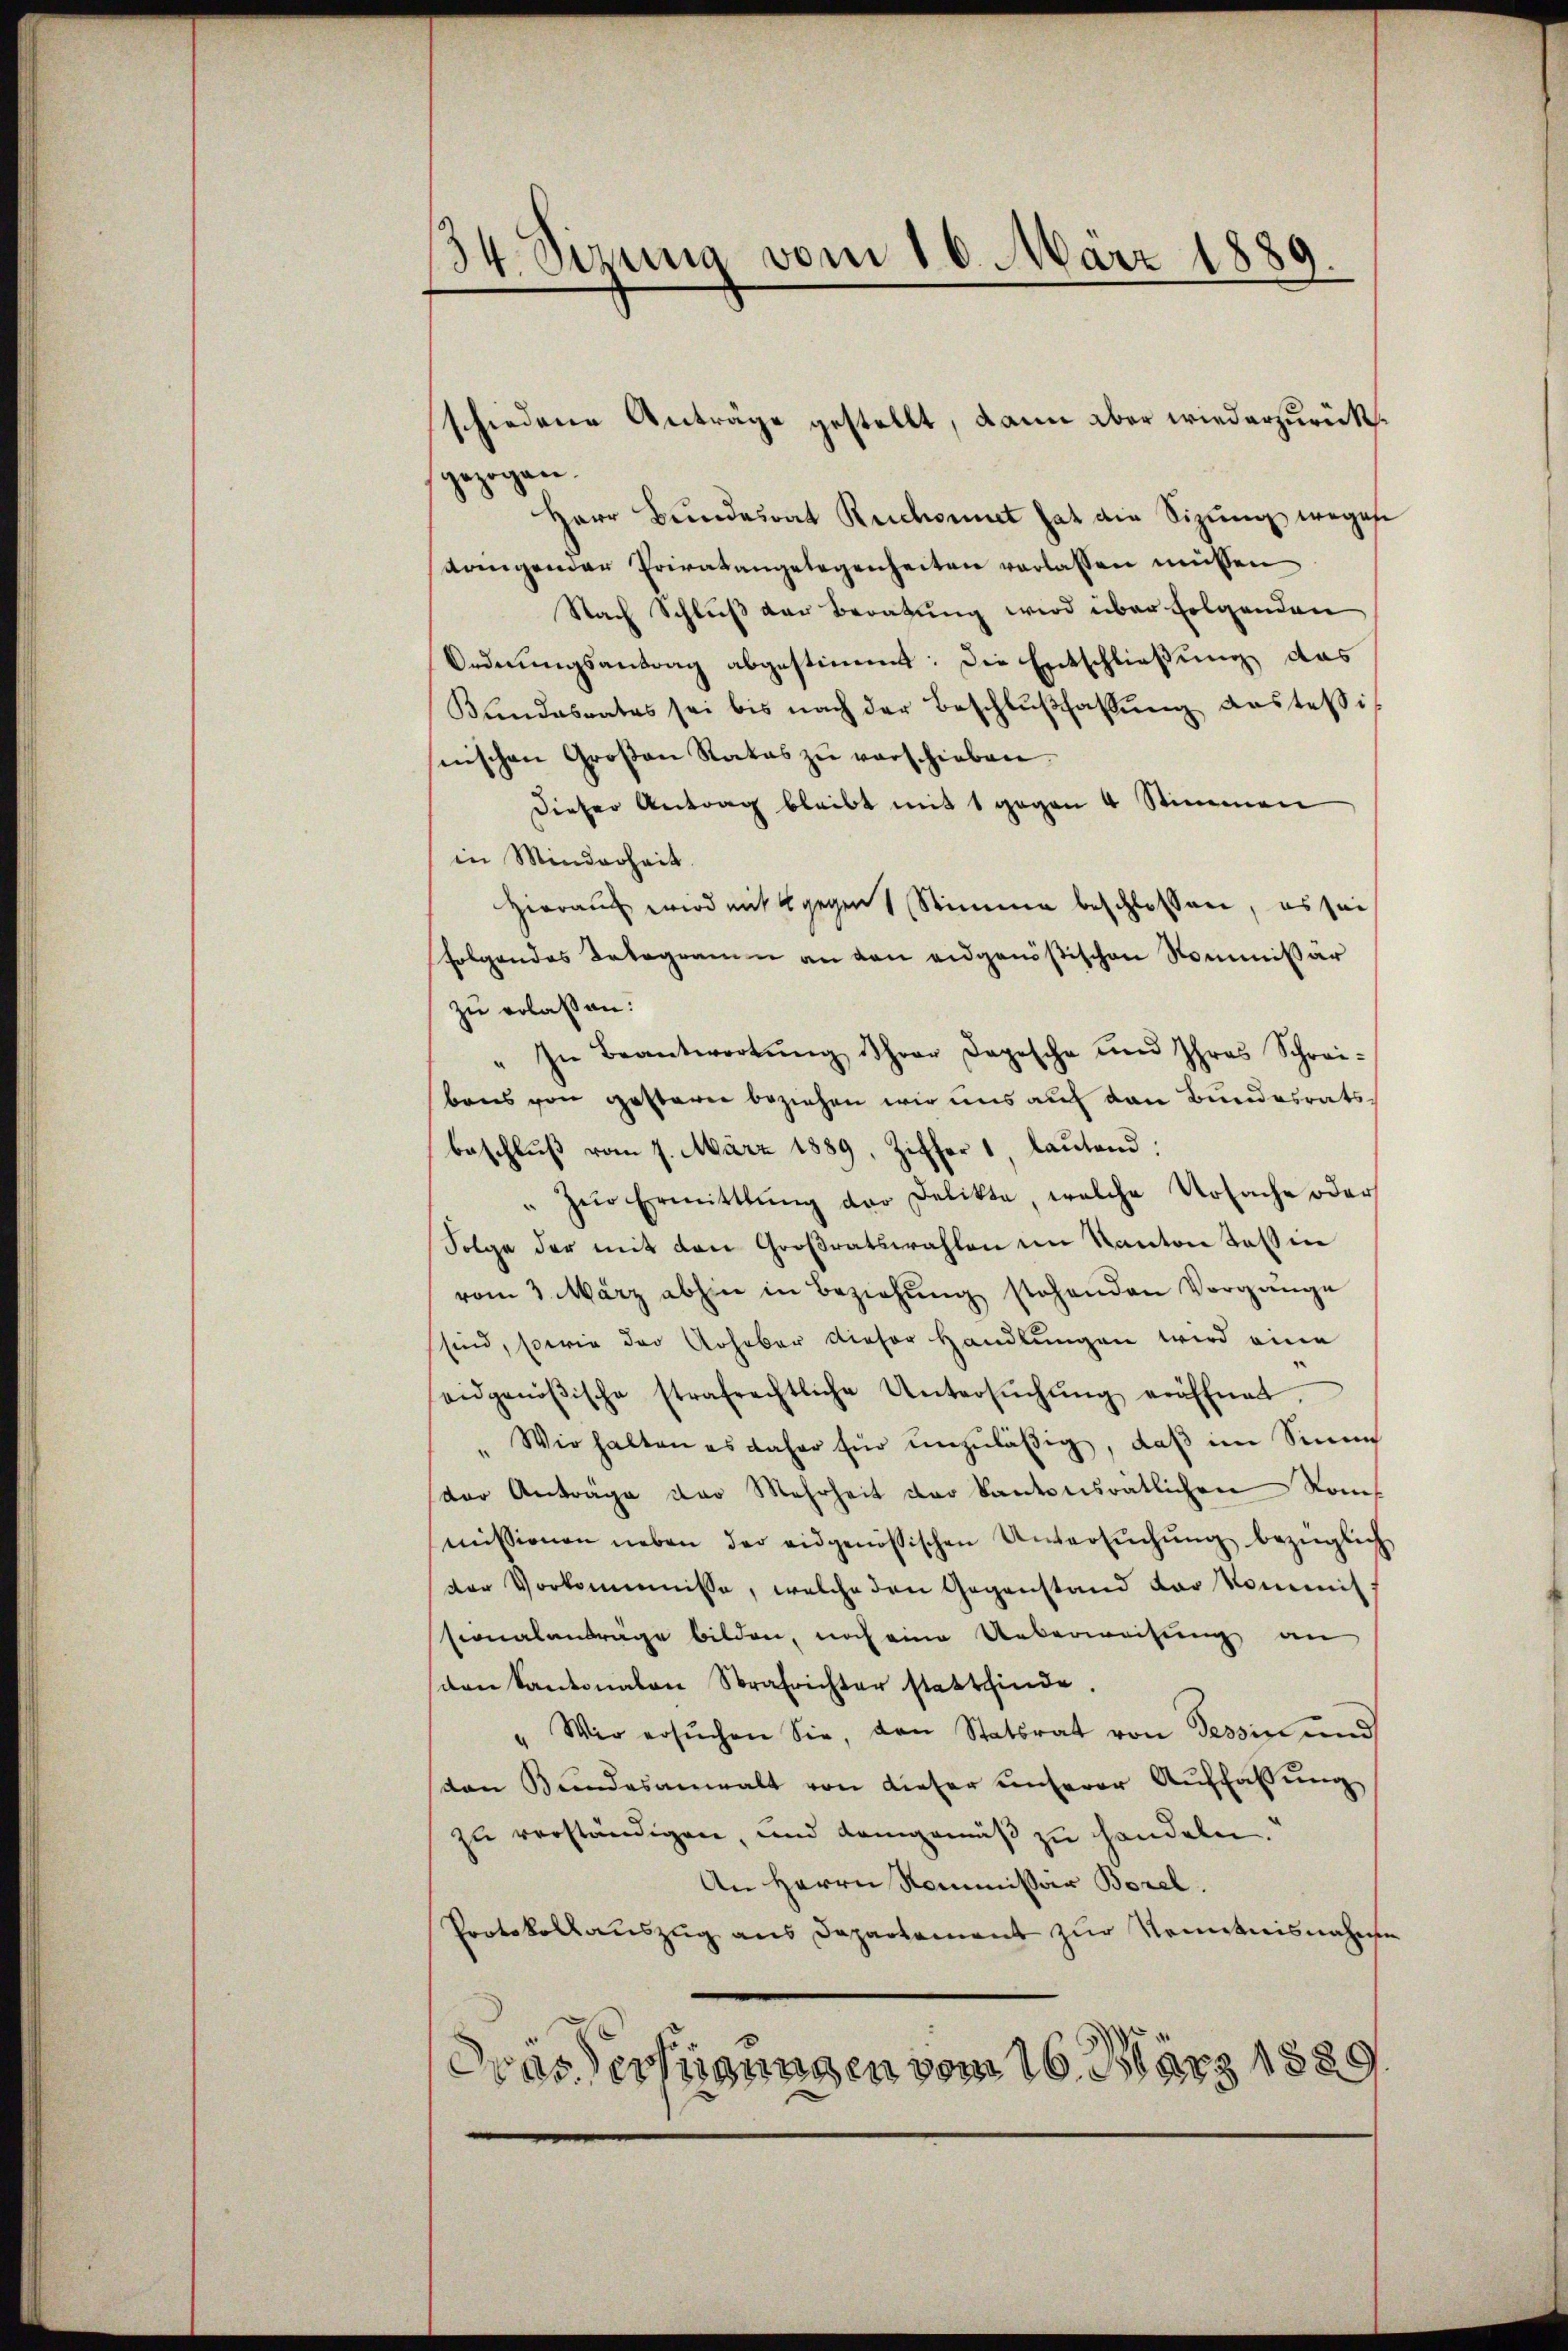
34. Sizung vom 16. März 1889.

gezogen.
Herr Bundesrat Ruchonnet hat die Sizŭng wegese
dringender Privatangelegenheiten verlassen müssen
Nach Schluß der Beratung wird über folgenden
Ordnŭngsantrag abgestimmt: Die Entschließung das
Kŭndesrates sei bis nach der Beschlŭβfassŭng anstesi-
nischen Großen Rates zŭ verschieben.
Dieser Antrag bleibt mit 1 gegen 4 Stimmen
in Minderheit.
Hieraus wird mit gegen Stimme beschlossen, es sei
folgendes Telegramm an den eidgenößischen Kommissär
zu erlaßen:
" In Beantwortŭng Ihrer Depesche und Ihres Schrei-
bens von gestern beziehen wir uns auf den Bundesratsbeschlŭβ vom 7. März 1889, Ziffer 1, laŭtend:
zŭr Ermittlung der Delikte welche Ursache oder
“
Folge der mit den Großratswahlen im Kanton Teßin
vom 3. März abhin in Beziehŭng stehenden Vorgänge
sind, sowie der Urheber dieser Handlŭngen wird eine
eidgenößische strafrechtliche Untersŭchŭng eröffnet,
Wir halten es daher für unzuläßig, daß im Sinne
(der Anträge der Mehrheit der kantonsratlichen Kommissionen neben der eidgenössischen Untersŭchŭng bezüglich
der Vorkommisse, welche den Gegenstand der kommitsonalanträge bilden, noch eine Ueberweisung an
den Kantonalen Strafrichter stattfinde.
Wir ersŭchen Sie, den Statsrat von Tessin und
von Bŭndesanwalt von dieser unserer Auffassŭng
zu verständigen, und demgemäβ zŭ handeln.
An Herrn Kommissär Borel.
Protokollaŭszŭg ans Departement zŭr Kenntnisnahme
Dras erfügungen vom 16. März 1889

schiedene Anträge gestellt, dann aber wiederzurück¬